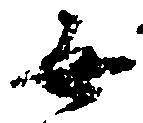
無